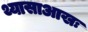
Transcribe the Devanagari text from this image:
थ्यासाआखः